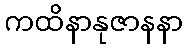
ကထိနာနုဇာနနာ